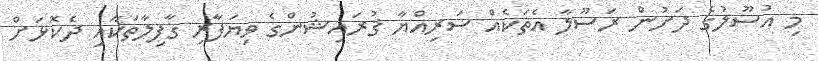
މި އުސޫލުގެ ދަށުން ރަސޫލާ އެތަކެއް ސަރިއްޔާ ޤުރައިޝުންގެ ވިޔަފާރި ޤާފިލާތަކާއި ދެކޮޅަށް